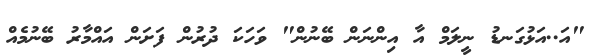
"އަ..އަޅުގަނޑު ނީލަމް އާ އިންނަން ބޭނުން" ވަހަކަ ދުރުން ފަށަން އައްމާރު ބޭނުމެއް